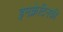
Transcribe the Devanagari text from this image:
इनक्रेटिनकी